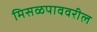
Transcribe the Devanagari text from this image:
मिसळपाववरील